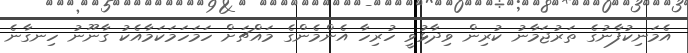
އެމަނިކުފާނުގެ ތަރުޖަމާނު ކުރިން ވިދާޅުވީ ހުރިހާ އެންމެންގެ މައްޗަށް ހަމަހަމަކަމާއެކު ގާނޫނު ހިނގާނެ